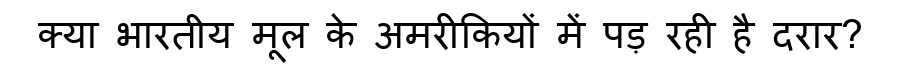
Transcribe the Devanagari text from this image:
क्या भारतीय मूल के अमरीकियों में पड़ रही है दरार?